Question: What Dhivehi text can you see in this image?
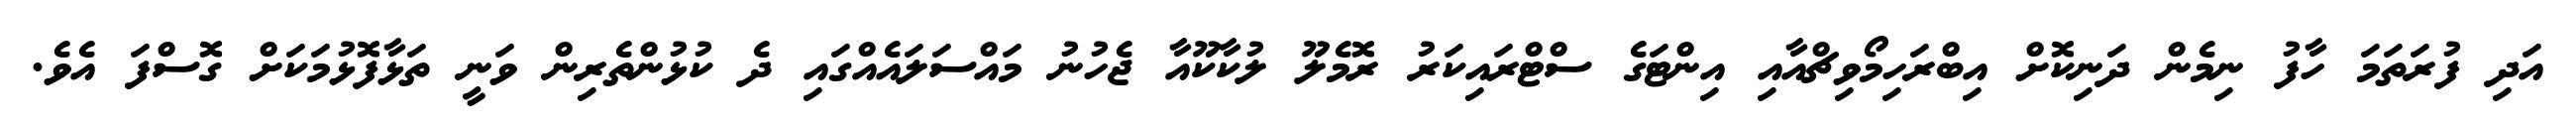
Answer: އަދި ފުރަތަމަ ހާފު ނިމެން ދަނިކޮށް އިބްރަހިމޯވިޗްއާއި އިންޓަގެ ސްޓްރައިކަރު ރޮމެލޫ ލުކާކޫއާ ޖެހުނު މައްސަލައެއްގައި ދެ ކުޅުންތެރިން ވަނީ ތަޅާފޮޅުމަކަށް ގޮސްފަ އެވެ.